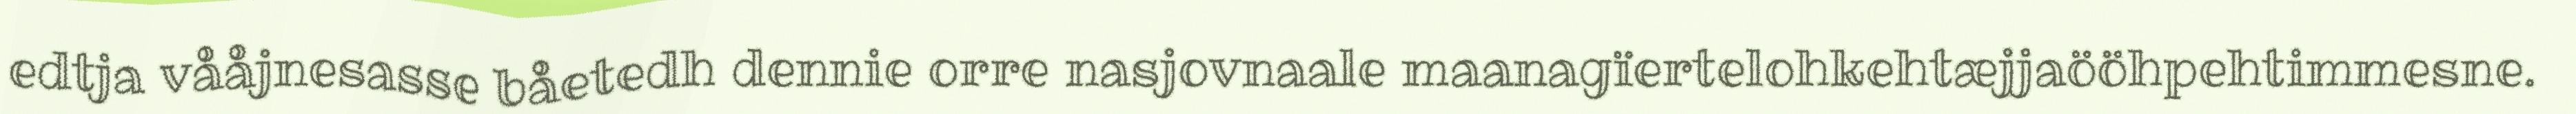
edtja vååjnesasse båetedh dennie orre nasjovnaale maanagïertelohkehtæjjaööhpehtimmesne.